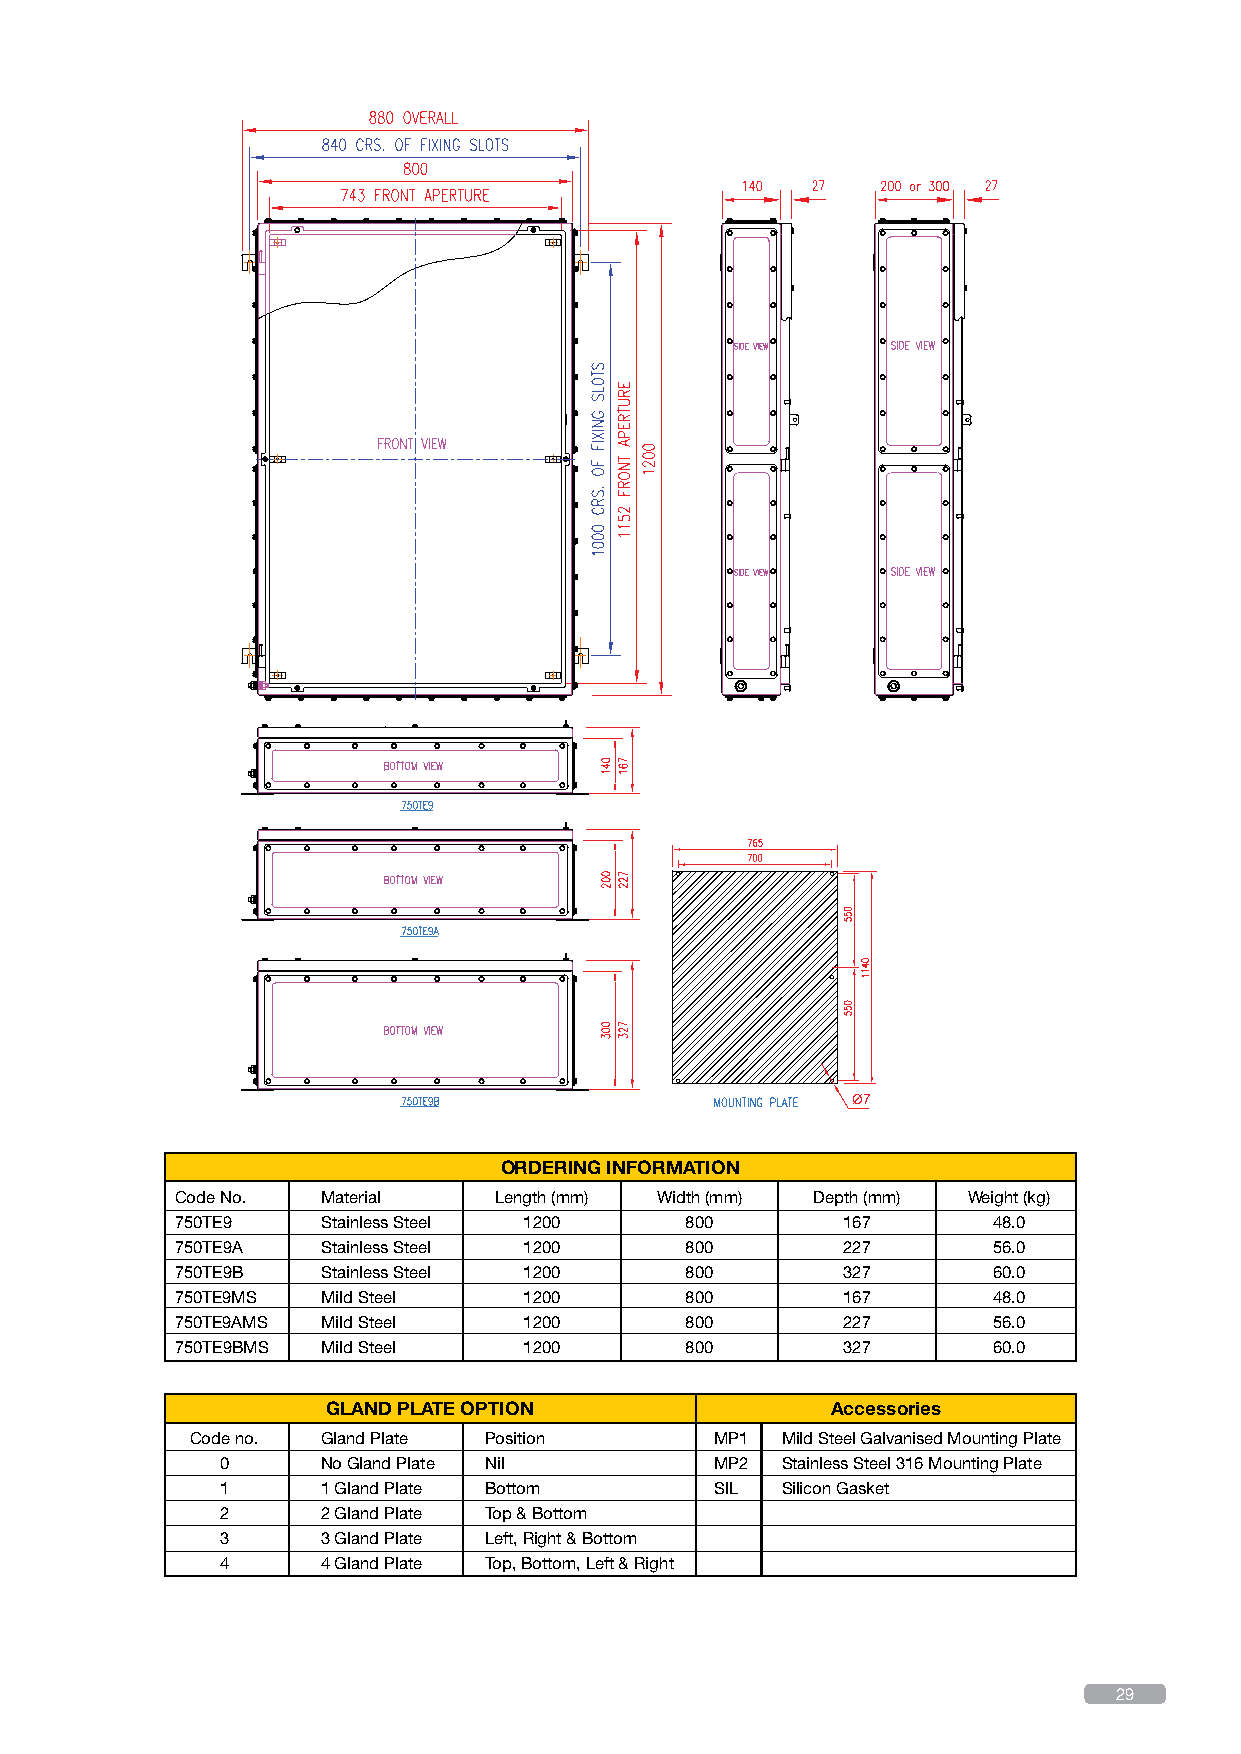
Ø7
 ORDERING INFORMATION
 Code No. Material    Length (mm) Width (mm) Depth (mm) Weight (kg)
 750TE9   Stainless Steel 1200    800        167       48.0
 750TE9A  Stainless Steel 1200    800        227       56.0
 750TE9B  Stainless Steel 1200    800        327       60.0
 750TE9MS Mild Steel    1200      800        167       48.0
 750TE9AMS Mild Steel   1200      800        227       56.0
 750TE9BMS Mild Steel   1200      800        327       60.0
 GLAND PLATE OPTION               Accessories
 Code no. Gland Plate Position     MP1  Mild Steel Galvanised Mounting Plate
 0     No Gland Plate Nil        MP2  Stainless Steel 316 Mounting Plate
 1     1 Gland Plate Bottom      SIL  Silicon Gasket
 2     2 Gland Plate Top & Bottom
 3     3 Gland Plate Left, Right & Bottom
 4     4 Gland Plate Top, Bottom, Left & Right
 29